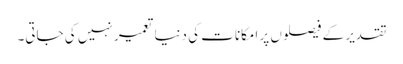
تقدیر کے فیصلوں پر امکانات کی دنیا تعمیر نہیں کی جاتی۔